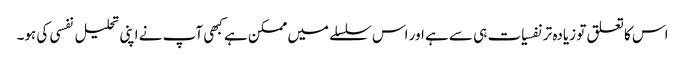
اس کا تعلق تو زیادہ تر نفسیات ہی سے ہے اور اس سلسلے میں ممکن ہے کبھی آپ نے اپنی تحلیل نفسی کی ہو۔